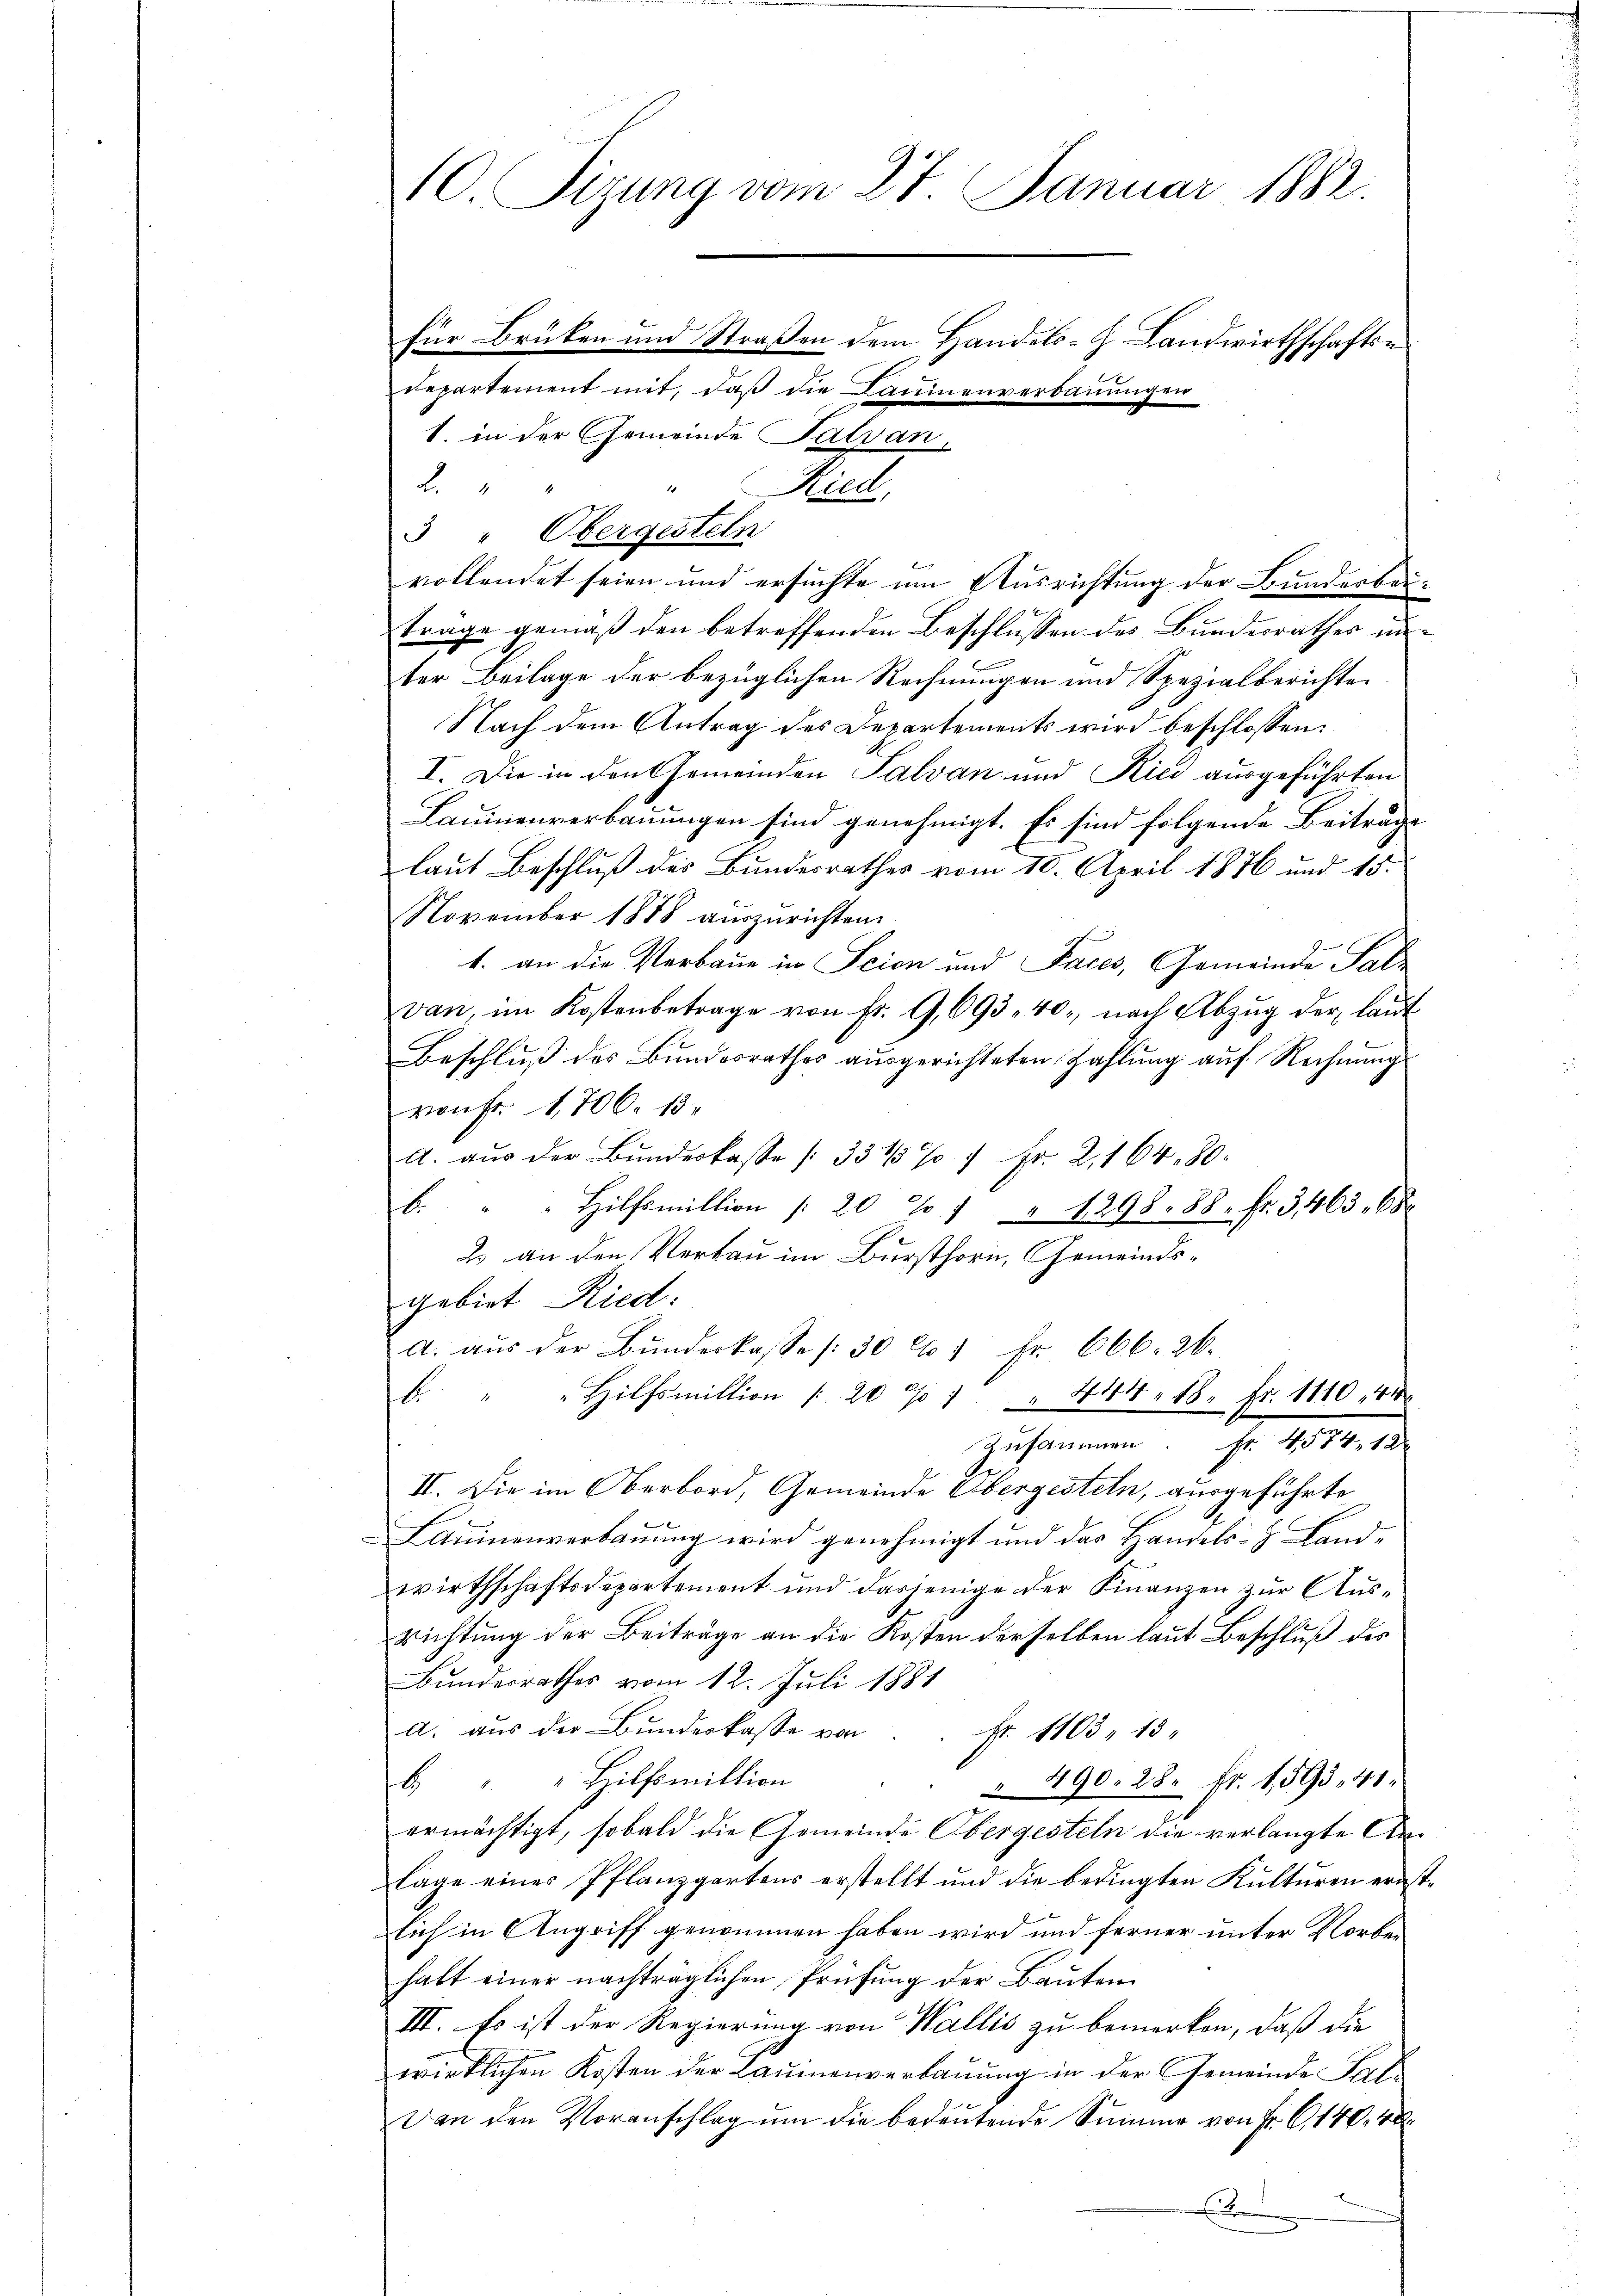
10 Sizung vom 27. Januar 1882.
für Brüken und Straßen dem Handels-G. Landwirthschaftsdepartement mit, daß die Baumenverbauungen
1. in der Gemeinde Talvan,
21
"Ried,

3 " Obergesteln
vollendet seien und ersuchte um Ausrichtung der Bundesbertrage gemäß den betreffenden Beschlüssen des Bundesrathes unter Beilage der bezüglichen Rechnungen und Spezialberichten
Nach dem Antrag des Departements wird beschlossen:
I. Die in den Gemeinden Salvan und Kici ausgeführten
Laumnenverbauungen sind genehmigt. Es sind folgende Beiträge
laut Beschluß des Bundesrathes vom 10. April 1876 und 15.
November 1888 auszurichten.
1. an die Verbaue in Scien und Faces, Gemeinde Salz
van, im Kostenbetrage von fr. G,693. 40, nach Abzug der laut
Beschluß des Bundesrathes ausgerichteten Zahlung auf Rechnung
von Fr. 1706. 13.
A. aus der Bundeskasse (331/3% 7 Fr. 2,164. 80.
b. " " Hilfsmillion |: 20 % " " 1298. 88. fr. 3463. 68
2 an den Verbau im Bursthorn, Gemeindsgebiet Ried:
A. aus der Bundeskasse (30 No 1 Fr. 666. 26.
b. " " Hilfsmillion " 20 % " " 444. 18. Fr. 1110, 44
Zusammen. Fr. 4574. 12
II. Die im Oberbord, Gemeinde Obergesteln, ausgeführte
LAuinenverbauung wird genehmigt und das Handels- & Landwirthschaftsdepartement und dasjenige der Finanzen zŭr Aŭs-
richtung der Beiträge an die Kosten derselben laut Beschluß des
Bundesrathes vom 12. Juli 1881
d. aus der Bŭndeskasse von Fr. 1103. 13
6 " " Hilfsmillion
490. 28. Fr. 159341.
d
ermächtigt, sobald die Gemeinde Obergesteln die verlangte Anlage eines Pflanzgartens erstellt und die bedingten Kulturen ernstlich in Angriff genommen haben wird und ferner unter Norbei
halt einer nachträglichen Prüfung der Bauten
III. Es ist der Regierung von Wallis zu bemerken, daß die
wirklichen Kosten der Lauienverbauung in der Gemeinde Part
Dan den Voranschlag ŭm die bedeutende Summe von Fr. 6, 140. 48
B